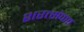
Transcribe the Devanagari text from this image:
शरत्संपात